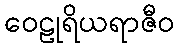
ဝေဠုရိယရာဇီဝ